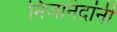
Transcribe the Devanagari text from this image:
निजानंदांनी